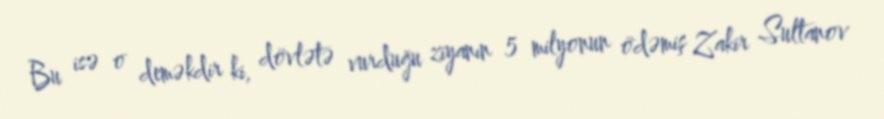
Bu isə o deməkdir ki, dövlətə vurduğu ziyanın 5 milyonun ödəmiş Zakir Sultanov